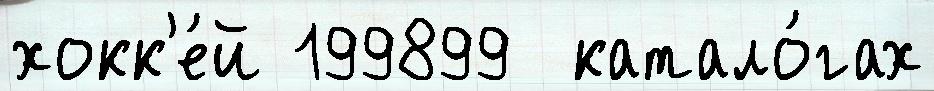
хокк'е́й 199899  катало́гах